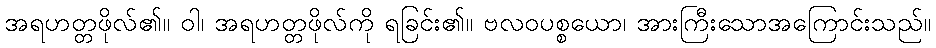
အရဟတ္တဖိုလ်၏။ ဝါ၊ အရဟတ္တဖိုလ်ကို ရခြင်း၏။ ဗလဝပစ္စယော၊ အားကြီးသောအကြောင်းသည်။